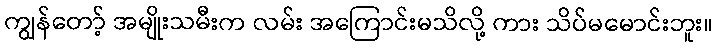
ကျွန်တော့် အမျိုးသမီးက လမ်း အကြောင်းမသိလို့ ကား သိပ်မမောင်းဘူး။